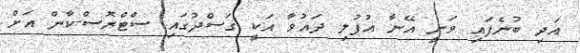
އަދި ބުނެފައި ވަނީ އޭނާ އުފުލި ދައުވާ އަކީ ގަސްދުގައި ސްޓްރޮސް-ކާން އަށް